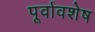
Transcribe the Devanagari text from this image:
पूर्वावशेष